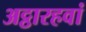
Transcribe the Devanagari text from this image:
अट्ठारहवां